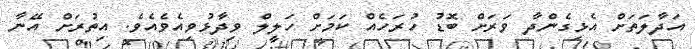
އަދާލަތަށް އެޅިގެންދާ ވަރަށް ބޮޑު ހުރަހެއް ކަމަށް ހަލީލް ވިދާޅުވިއެވެއެވެ. އިތުރަށް އޭނާ